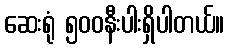
ဆေးရုံ ၅၀၀နီးပါးရှိပါတယ်။